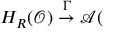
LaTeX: H _ { R } ( \mathcal { O } ) \stackrel { \mathcal { \Gamma } } { \rightarrow } \mathcal { A } (